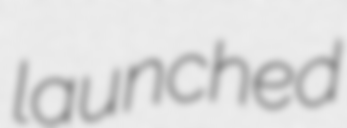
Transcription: launched